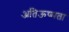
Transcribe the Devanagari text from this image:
अतिऊष्मता